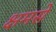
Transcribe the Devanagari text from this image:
क्षमसे